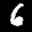
Label: 6